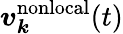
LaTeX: \boldsymbol v_{\boldsymbol k}^{\mathrm{nonlocal}}(t)